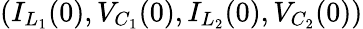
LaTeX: (I_{L_{1}}(0),V_{C_{1}}(0),I_{L_{2}}(0),V_{C_{2}}(0))